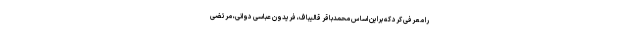
را معرفی کرد که براین اساس محمدباقر قالیباف، فریدون عباسی دوانی، مرتضی